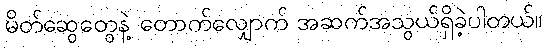
မိတ်ဆွေတွေနဲ့ တောက်လျှောက် အဆက်အသွယ်ရှိခဲ့ပါတယ်။